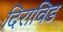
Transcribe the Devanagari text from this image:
दिराविड